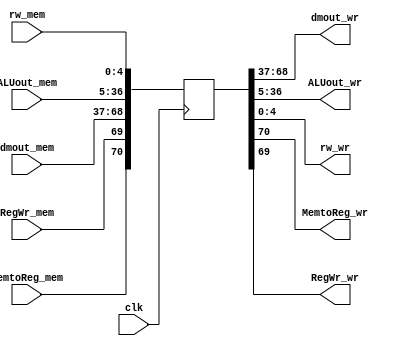

//MemWr
module Mem_Wr(clk,dmout_mem,ALUout_mem,rw_mem,dmout_wr,ALUout_wr,rw_wr,
	MemtoReg_mem,RegWr_mem,MemtoReg_wr,RegWr_wr);
	input clk;
	input [31:0]dmout_mem,ALUout_mem;	//mem
	input [4:0]rw_mem;
	input MemtoReg_mem,RegWr_mem;
	output [31:0]dmout_wr,ALUout_wr;	//wr
	output [4:0]rw_wr;
	output MemtoReg_wr,RegWr_wr;
	reg [70:0]regs;
	always @(negedge clk)	//
	begin
		regs[70]=MemtoReg_mem;	//mem
		regs[69]=RegWr_mem;
		regs[68:37]=dmout_mem;
		regs[36:5]=ALUout_mem;
		regs[4:0]=rw_mem;
	end
	assign MemtoReg_wr=regs[70];		//ex
	assign RegWr_wr=regs[69];
	assign dmout_wr=regs[68:37];
	assign ALUout_wr=regs[36:5];
	assign rw_wr=regs[4:0];
endmodule